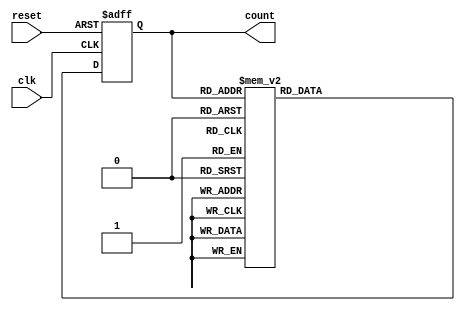
module decade_ring_counter (
    input wire clk,           // Clock signal
    input wire reset,         // Asynchronous reset
    output reg [3:0] count    // 4-bit output to represent counts from 0 to 9
);

// State encoding for 10 states (0-9)
parameter S0 = 4'b0000;
parameter S1 = 4'b0001;
parameter S2 = 4'b0010;
parameter S3 = 4'b0011;
parameter S4 = 4'b0100;
parameter S5 = 4'b0101;
parameter S6 = 4'b0110;
parameter S7 = 4'b0111;
parameter S8 = 4'b1000;
parameter S9 = 4'b1001;

// State transition logic on clock edge
always @(posedge clk or posedge reset) begin
    if (reset) begin
        count <= S0; // Initialize to state 0
    end else begin
        case (count)
            S0: count <= S1;
            S1: count <= S2;
            S2: count <= S3;
            S3: count <= S4;
            S4: count <= S5;
            S5: count <= S6;
            S6: count <= S7;
            S7: count <= S8;
            S8: count <= S9;
            S9: count <= S0; // Wrap back to state 0 after state 9
            default: count <= S0; // Safety net for undefined states
        endcase
    end
end

endmodule